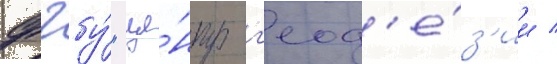
фгбу́ "це́нтр г'еод'е́з'ии /